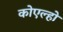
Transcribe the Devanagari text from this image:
कोएल्हो